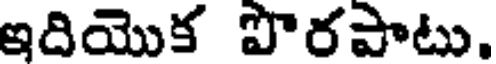
ఇదియొక పొరపాటు.